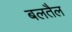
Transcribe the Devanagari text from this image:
बलतैल